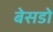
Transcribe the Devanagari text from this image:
बेसडो